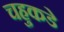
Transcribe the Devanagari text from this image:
चहुकडे